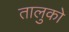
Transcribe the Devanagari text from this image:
तालुको